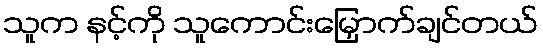
သူက နင့်ကို သူကောင်းမြှောက်ချင်တယ်